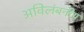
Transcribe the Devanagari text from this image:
अविलंबनीय